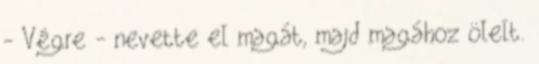
- Végre - nevette el magát, majd magához ölelt.